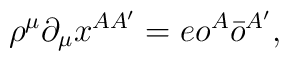
\rho^\mu\partial_\mu x^{AA'} = e o^A \bar{o}^{A'},